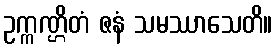
ဥက္ကဏ္ဌိတံ ဇနံ သမဿာသေတိ။